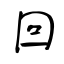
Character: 回